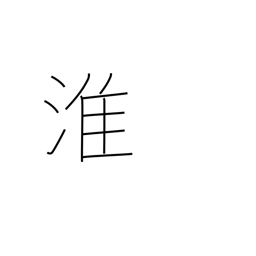
Meaning: name of a Chinese river